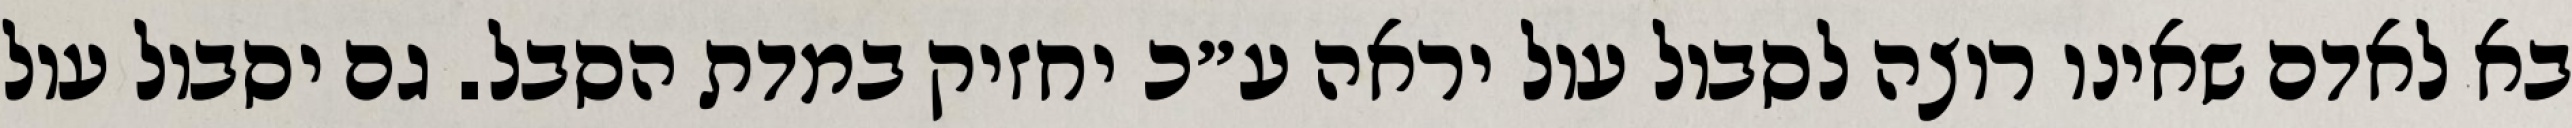
בא לאדם שאינו רוצה לסבול עול יראה ע״כ יחזיק במדת הסבל. גם יסבול עול